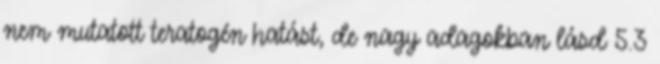
nem mutatott teratogén hatást, de nagy adagokban lásd 5.3